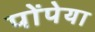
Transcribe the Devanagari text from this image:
पोंपेया